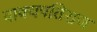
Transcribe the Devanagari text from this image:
वाक्यपतिराज